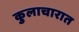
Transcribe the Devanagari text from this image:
कुलाचारात